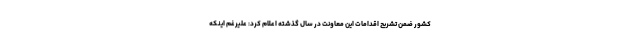
کشور ضمن تشریح اقدامات این معاونت در سال گذشته اعلام کرد: علیرغم اینکه